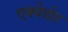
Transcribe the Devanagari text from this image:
एक्वेडोर